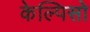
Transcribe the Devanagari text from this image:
केल्पिसो